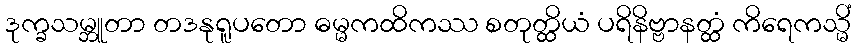
ဒုက္ခသမ္ဘူတာ တဒနုရူပတော ဓမ္မကထိကဿ စတုတ္ထိယံ ပရိနိဗ္ဗာနတ္ထံ ကိရေကသ္မိံ